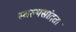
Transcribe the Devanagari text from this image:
स्वल्पसांद्रता